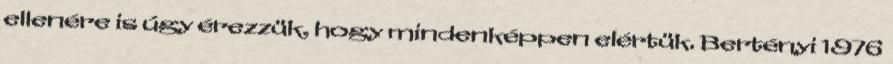
ellenére is úgy érezzük, hogy mindenképpen elértük. Bertényi 1976